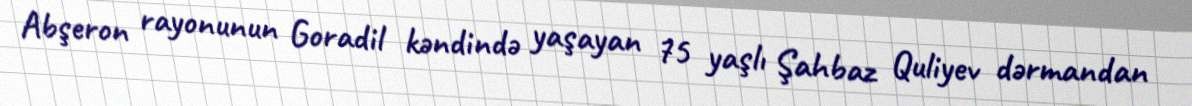
Abşeron rayonunun Goradil kəndində yaşayan 75 yaşlı Şahbaz Quliyev dərmandan